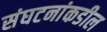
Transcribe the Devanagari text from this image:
संघटनांकडील